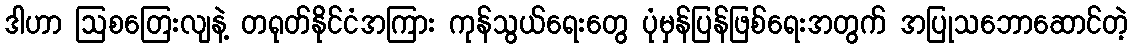
ဒါဟာ ဩစတြေးလျနဲ့ တရုတ်နိုင်ငံအကြား ကုန်သွယ်ရေးတွေ ပုံမှန်ပြန်ဖြစ်ရေးအတွက် အပြုသဘောဆောင်တဲ့